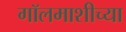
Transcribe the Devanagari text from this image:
गॉलमाशीच्या